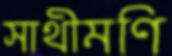
সাথীমণি